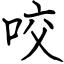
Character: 咬